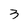
Character: 3